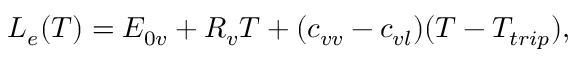
L _ { e } ( T ) = E _ { 0 v } + R _ { v } T + ( c _ { v v } - c _ { v l } ) ( T - T _ { t r i p } ) ,